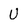
Character: U